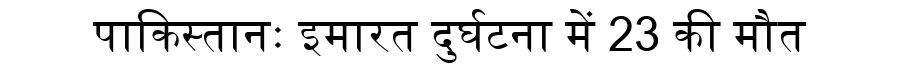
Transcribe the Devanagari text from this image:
पाकिस्तानः इमारत दुर्घटना में 23 की मौत